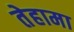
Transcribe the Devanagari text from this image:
तेहामा